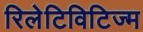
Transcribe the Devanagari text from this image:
रिलेटिविटिज्म